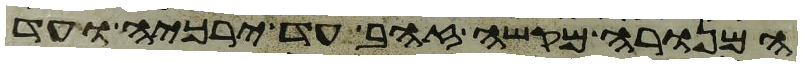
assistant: המנורה מקשה זהב עד ירכיה ועד